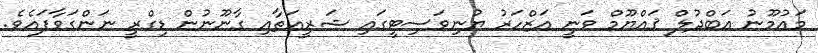
މައުމޫނު ޢަބްދުލް ޤައްޔޫމް ވަނީ އަޒްހަރު ޔުނިވަސިޓީގައި ޝަރީޢަތާއި ގާނޫނުން ޑިގްރީ ނަންގަވާފައެވެ.